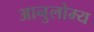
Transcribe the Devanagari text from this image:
आनुलोम्य